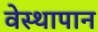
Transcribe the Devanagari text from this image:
वेस्थापान